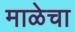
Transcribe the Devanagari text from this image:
माळेचा